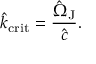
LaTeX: \hat { k } _ { \mathrm { c r i t } } = \frac { \hat { \Omega } _ { \mathrm { J } } } { \hat { c } } .